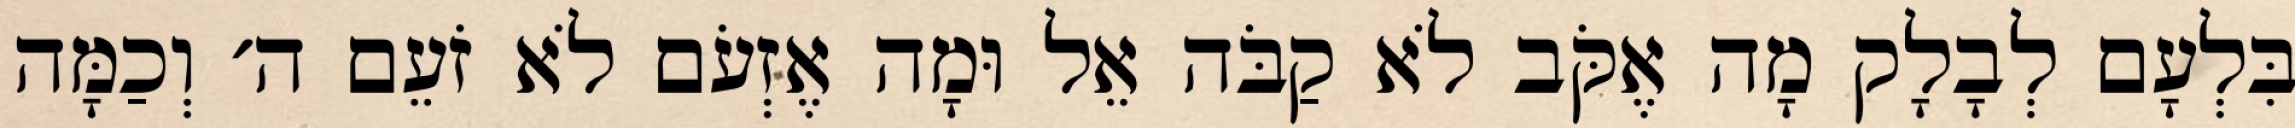
בִּלְעָם לְבָלָק מָה אֶקֹּב לֹא קַבֹּה אֵל וּמָה אֶזְעֹם לֹא זֹעֵם ה׳ וְכַמָּה